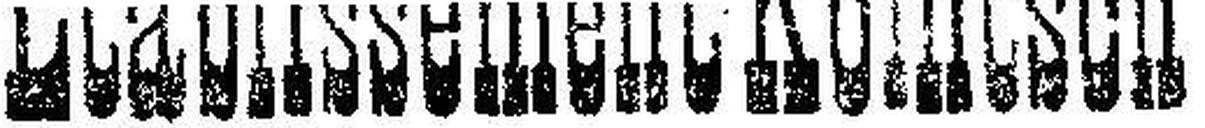
Etablissement Kointsch